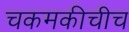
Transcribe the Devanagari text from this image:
चकमकीचीच